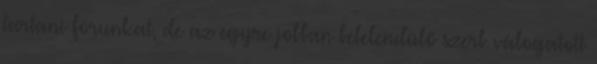
tartani fórunkat, de az egyre jobban belelendülő szerb válogatott